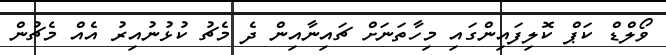
ވޯލްޑް ކަޕް ކޮލިފައިންގައި މިހާތަނަށް ޗައިނާއިން ދެ މެޗު ކުޅުނުއިރު އެއް މެޗުން